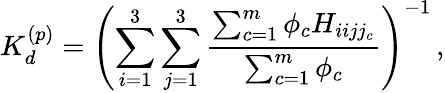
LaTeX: K_{d}^{(p)}=\left(\sum_{i=1}^{3}\sum_{j=1}^{3}\frac{\sum_{c=1}^{m}\phi_{c}H_{iijj_{c}}}{\sum_{c=1}^{m}\phi_{c}}\right)^{-1}\, ,